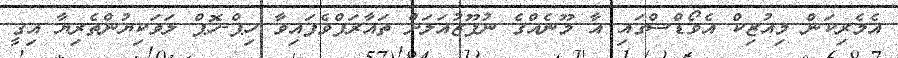
އެމެރިކަން މިއުޒިކް އެވޯޑްސްގައި އާ މޫނެއްގެ ނުފޫޒުއަލަށް ތައާރަފްވެފައިވާ ހިޕް-ހޮޕް ލަވަކިޔުންތެރިޔާ އިގީ